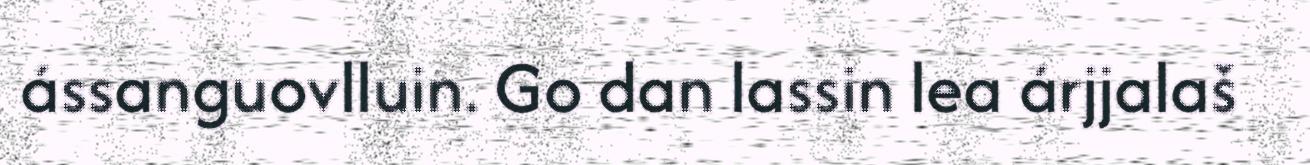
ássanguovlluin. Go dan lassin lea árjjalaš